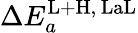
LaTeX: \Delta E_{a}^{\mathrm{L+H},\, \mathrm{LaL}}